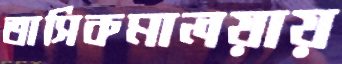
তাসিকমালয়ায়